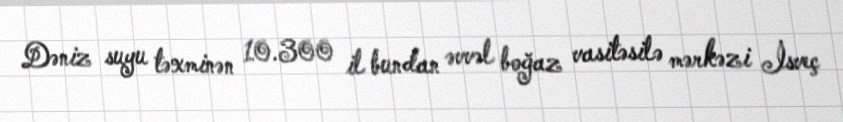
Dəniz suyu təxminən 10.300 il bundan əvvəl boğaz vasitəsilə mərkəzi İsveç